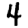
Digit: 4